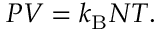
P V = k _ { \mathrm { { B } } } N T .